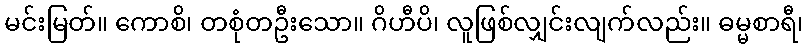
မင်းမြတ်။ ကောစိ၊ တစုံတဦးသော။ ဂိဟီပိ၊ လူဖြစ်လျှင်းလျက်လည်း။ ဓမ္မစာရီ၊